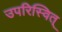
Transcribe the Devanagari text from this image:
उपरिस्वित्